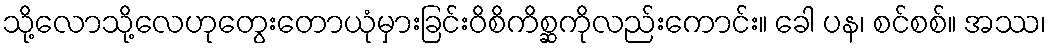
သို့လောသို့လေဟုတွေးတောယုံမှားခြင်းဝိစိကိစ္ဆကိုလည်းကောင်း။ ခေါ ပန၊ စင်စစ်။ အဿ၊